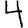
Digit: 4